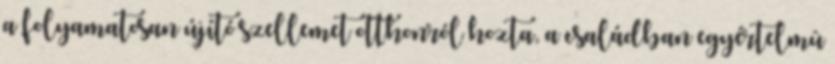
a folyamatosan újító szellemet otthonról hozta, a családban egyértelmû